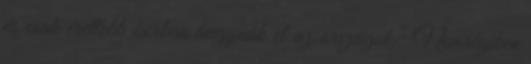
és csak érettebb korban hagynák el az országot.” Nemrégiben